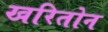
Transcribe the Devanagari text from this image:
खरितोन